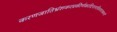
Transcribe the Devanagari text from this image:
करणजातिभ्रंशकरप्रकीर्णकादिनानाविधपातकानां